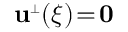
{ \bf u } ^ { \scriptscriptstyle \perp } ( \xi ) \! = \! { \bf 0 }